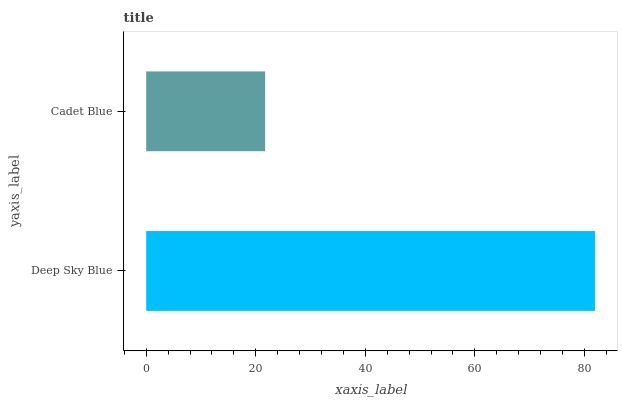
| yaxis_label | bars |
 | --- | --- |
 | Deep Sky Blue | 82 |
 | Cadet Blue | 21.7 |